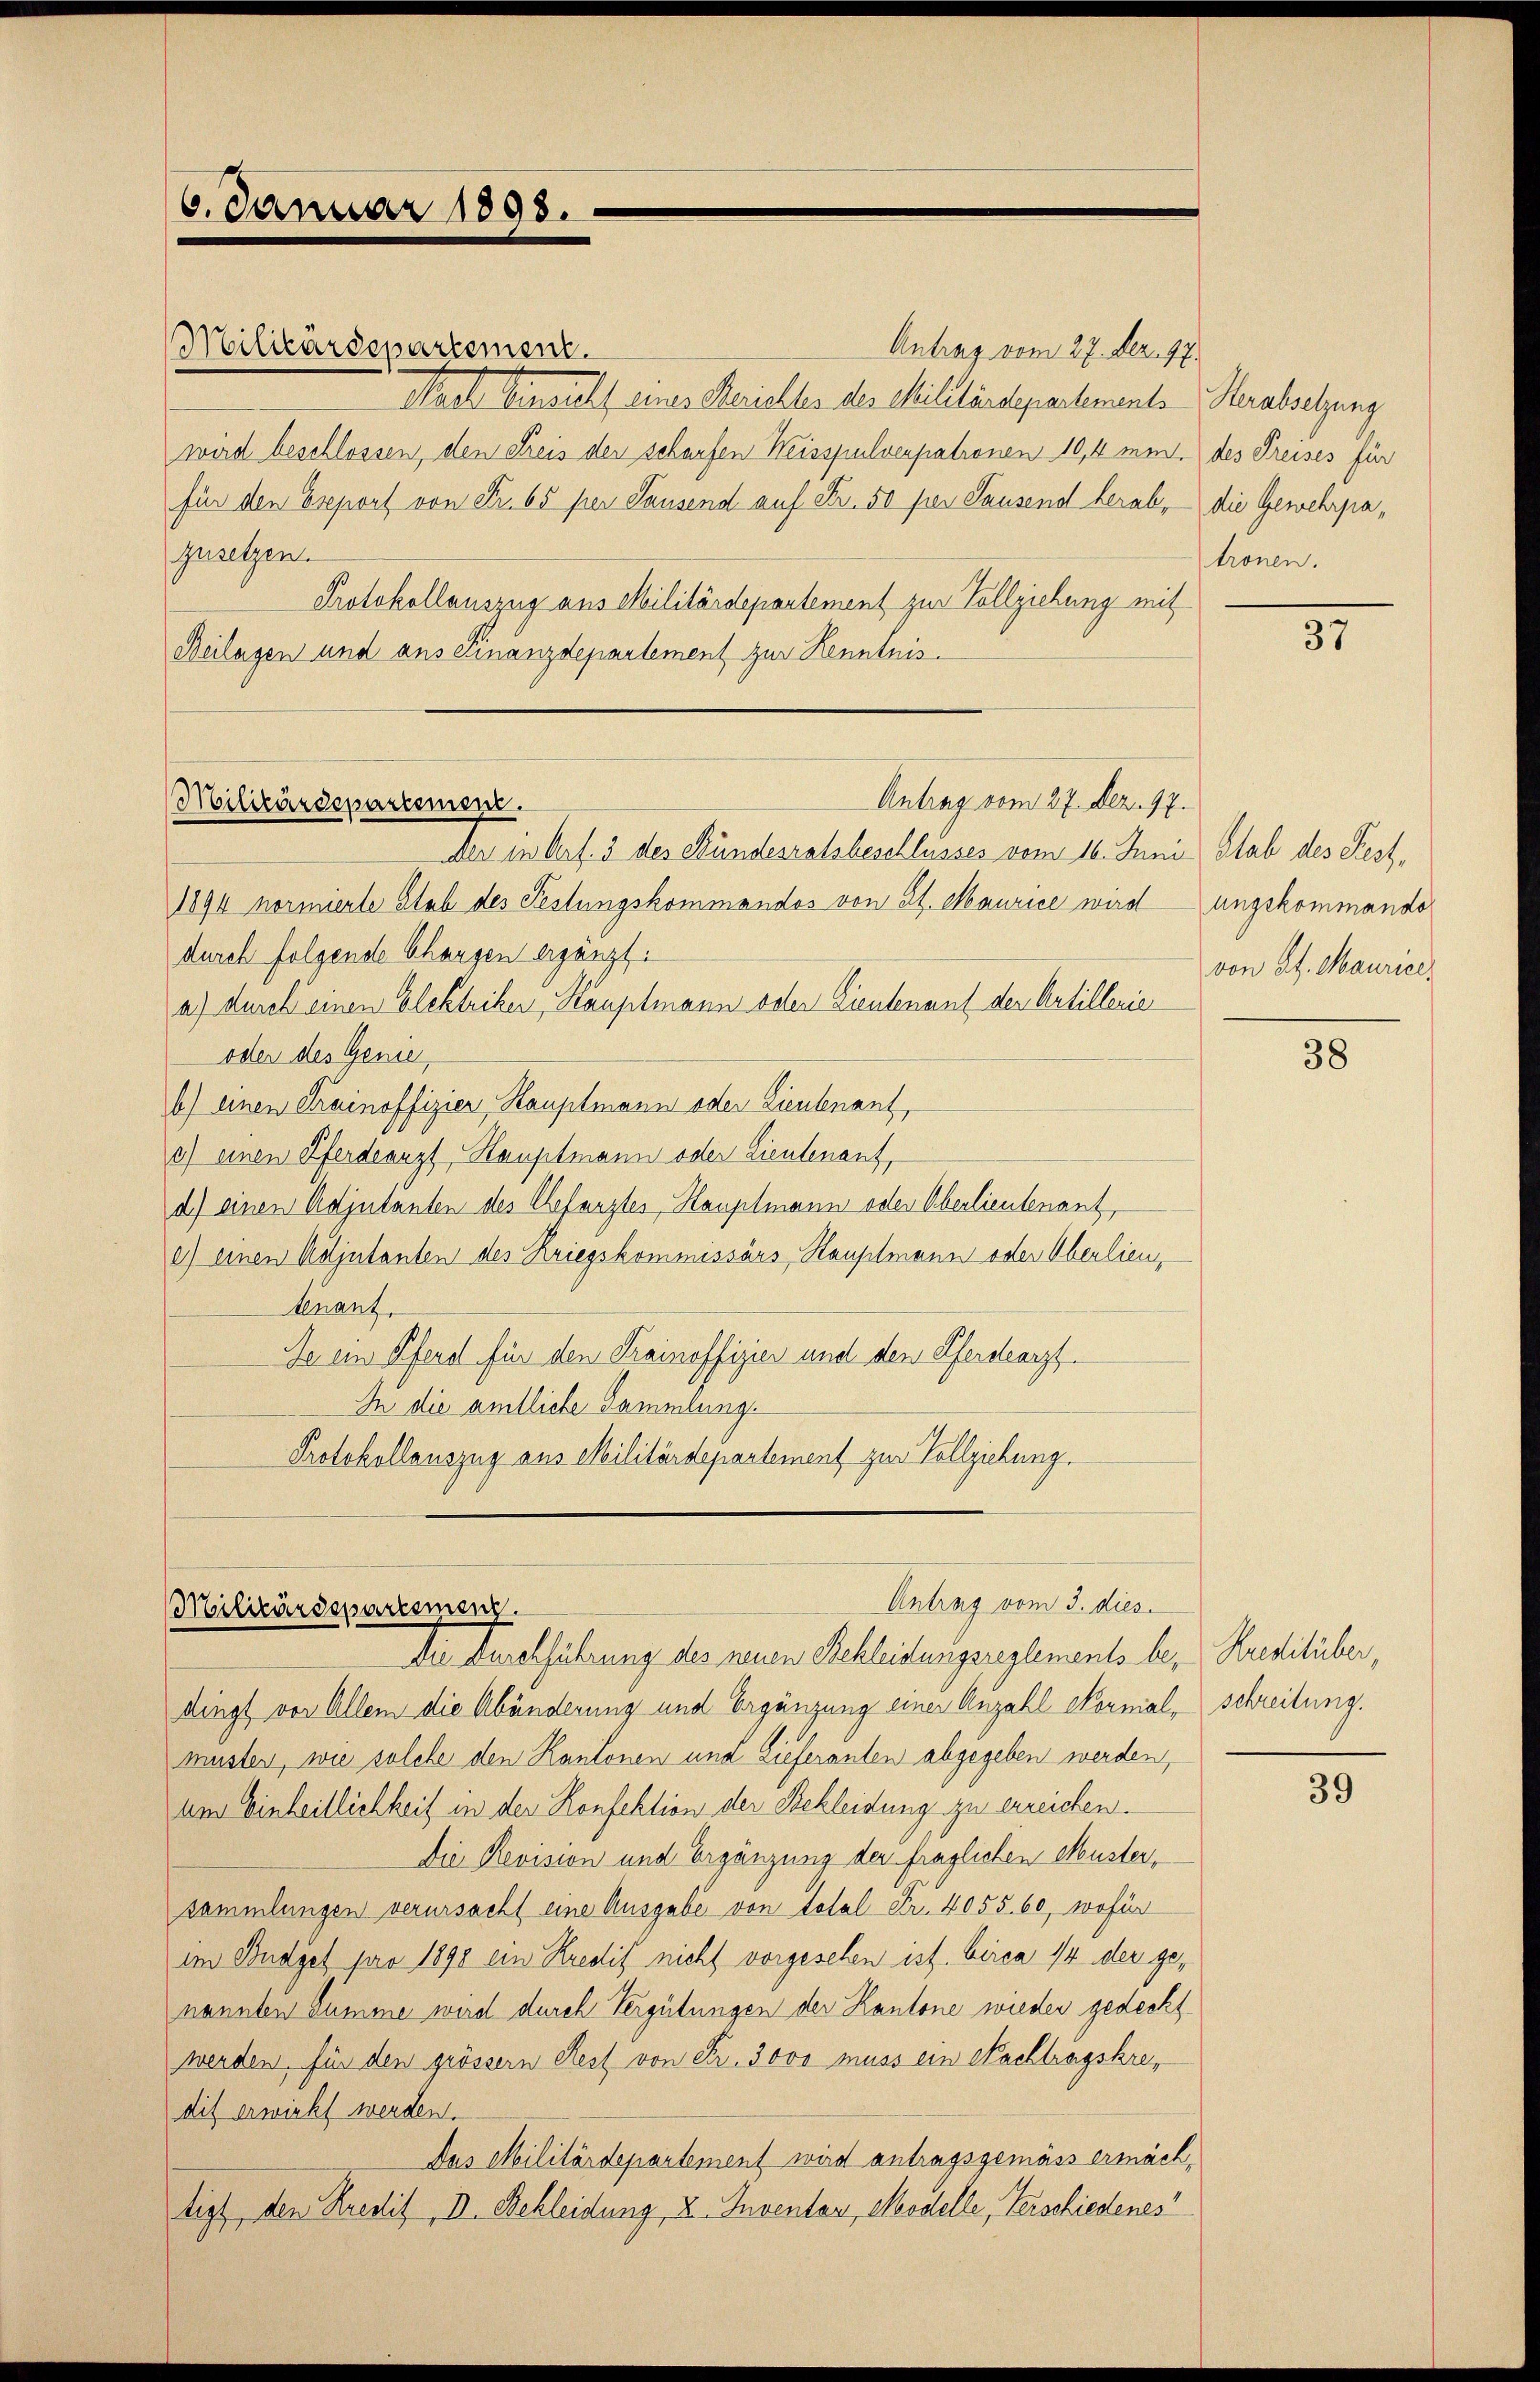
6. Januar 1898.

Militärdepartement.
Staat Einsicht eins Gerichtes der Militärdepartemente Herabsetzung
wird beschlossen, den Freis der scharfen Weisspulverpatronen 10,4 minfür den Export von Fr. 65 per Sausend auf Fr. 50 per Sausend herabzusetzen.
Protokollauszug aus Militärdepartement zur Vollziehung mit
Beilagen und aus Finanzdepartement zur Kenntnis.

Antrag vom 27. Dez. 97.
Militärdepartement.

Antrag vom 3. dies
Militärdepartemenz

Antrag vom 27. Dez. 17.

Der in Art. 3 des Stundesratsbeschlusses vom 10. Juni, Stab des Fest¬
1894 normierte Stab des Festungskommandos von St. Maurice wird
durch folgende Chargen ergänzt:
a.) durch einen Elektriker, Hauptmann oder Lieutenant der Artillerie
oder des Genie
b) einen Trainoffizier, Hauptmann oder Lieutenant,
3) einen Pferdearzt Hauptmann oder Lieutenant,
d) einen Adjutanten des Chefarztes, Hauptmann oder Überlieutenant,
e) einen Köljutanten des Kriegskommissärs Hauptmann oder Oberlieu,
Veranz
Je ein Pferd für den Trainoffizier und den Pferdearzt
In die amtliche Sammlung.
Protokollauszug aus Militärdepartement zur Vollziehung.

Die Durchführung des neuen Bekleidungsreglements be- Kreditüber,
dingt vor Allem die Abänderung und Ergänzung einer Anzahl Normal, schreibung.
muster, wie solche den Kantonen und Lieferanten abgegeben werden,
um Einheitlichkeit in der Konfektion der Bekleidung zu erreichen.
Die Revision und Ergänzung der fraglichen Muster,
sammlungen verursacht eine Ausgabe von Total Fr. 4055. 60, wofür
im Budget pro 1890 ein Kredit nicht vorgesehen ist. Circa 14 der genannten Summe wird durch Vergütungen der Kantone wieder gedeckt
werden, für den grösser Rest von Fr. 3000 muss ein Nachtragskredit erwirkt werden.
Das Militärdepartement wird antragsgemäss ermächtigt, den Kredit, D. Schleidung, u. Inventar, Modelle, Verschiedenes

des Preises für
die Gewehrpatronen.

37

ungskommando
von St. Maurice,

38

39